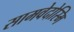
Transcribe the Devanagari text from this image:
सामवेदोस्मि